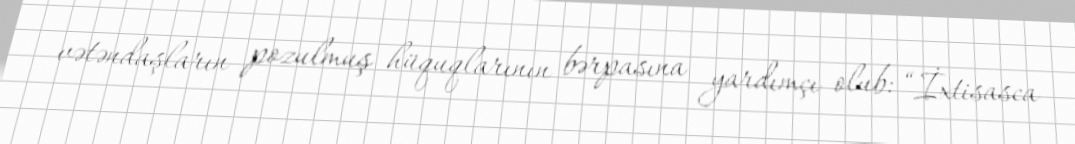
vətəndaşların pozulmuş hüquqlarının bərpasına yardımçı olub: “İxtisasca